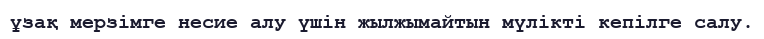
ұзақ мерзімге несие алу үшін жылжымайтын мүлікті кепілге салу.